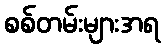
စစ်တမ်းများအရ